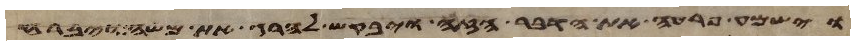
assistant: וישמע פרעה את הדבר הזה ויבקש להרג את משה ויברח